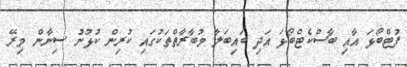
ފުޓްބޯޅަ އާއި ބާސްކެޓްބޯޅަ އަދި ބައިބަލާ މުބާރާތްތަކުގައި ކުރިން ކުޅުނު ސިނާން މިރޭ